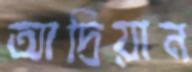
আদ্রিয়ান